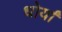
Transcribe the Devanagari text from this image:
धोर्यां